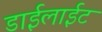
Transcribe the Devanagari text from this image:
डाईलाईट